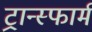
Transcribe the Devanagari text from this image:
ट्रान्स्फार्म